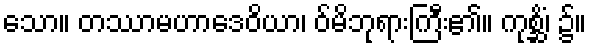
သော။ တဿာမဟာဒေဝိယာ၊ ဝ်မိဘုရားကြီး၏။ ကုစ္ဆိံ၊ ၌။